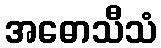
အဓောသီသံ